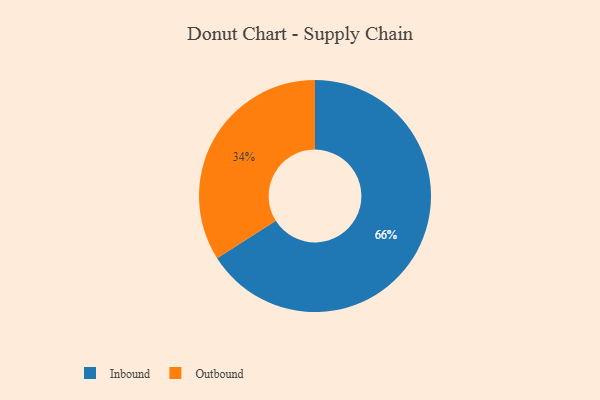
{"axis": {"x": "Category", "y": "Percentage"}, "legend": ["Inbound", "Outbound"], "data": [{"x": "Outbound", "y": 34, "type": "Outbound"}, {"x": "Inbound", "y": 66, "type": "Inbound"}]}